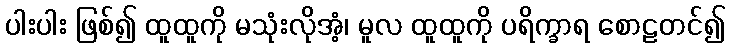
ပါးပါး ဖြစ်၍ ထူထူကို မသုံးလိုအံ့၊ မူလ ထူထူကို ပရိက္ခာရ စောဠတင်၍